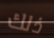
ذلك